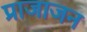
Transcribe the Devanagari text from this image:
प्राजाजन